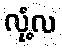
လုံ့လ